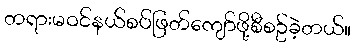
တရားမဝင်နယ်စပ်ဖြတ်ကျော်ဖို့စီစဥ်ခဲ့တယ်။